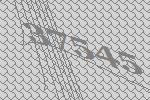
37545